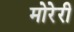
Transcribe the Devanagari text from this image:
मोरेरी